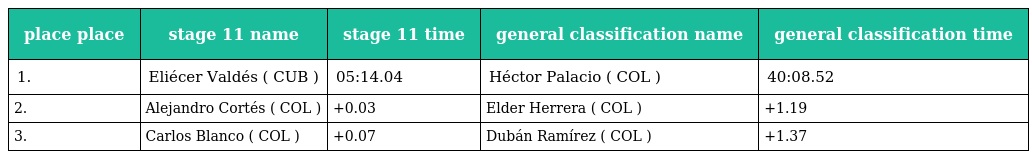
| place place | stage 11 name | stage 11 time | general classification name | general classification time |
 | --- | --- | --- | --- | --- |
 | 1. | Eliécer Valdés ( CUB ) | 05:14.04 | Héctor Palacio ( COL ) | 40:08.52 |
 | 2. | Alejandro Cortés ( COL ) | +0.03 | Elder Herrera ( COL ) | +1.19 |
 | 3. | Carlos Blanco ( COL ) | +0.07 | Dubán Ramírez ( COL ) | +1.37 |